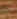
كما